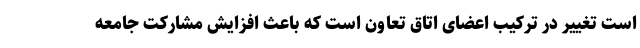
است تغییر در ترکیب اعضای اتاق تعاون است که باعث افزایش مشارکت جامعه